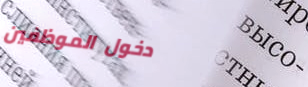
دخول الموظفين